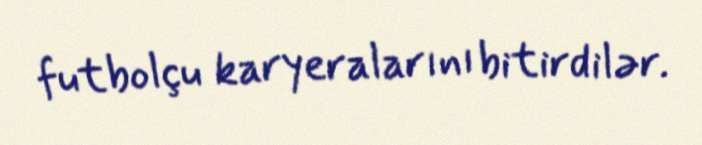
futbolçu karyeralarını bitirdilər.